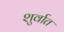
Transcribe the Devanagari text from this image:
शुर्वात